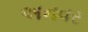
અનવર